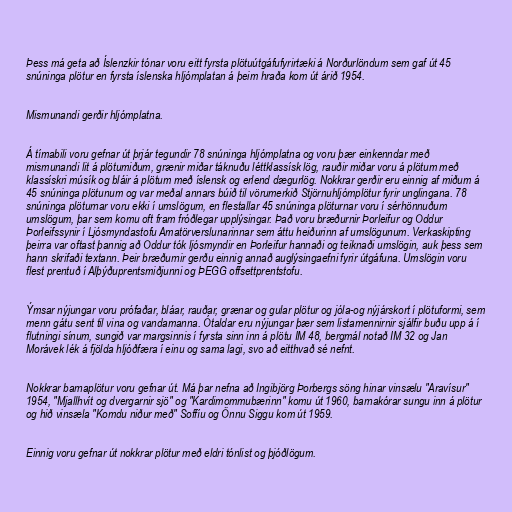
Þess má geta að Íslenzkir tónar voru eitt fyrsta plötuútgáfufyrirtæki á Norðurlöndum sem gaf út 45
snúninga plötur en fyrsta íslenska hljómplatan á þeim hraða kom út árið 1954.

Mismunandi gerðir hljómplatna.

Á tímabili voru gefnar út þrjár tegundir 78 snúninga hljómplatna og voru þær einkenndar með
mismunandi lit á plötumiðum, grænir miðar táknuðu léttklassísk lög, rauðir miðar voru á plötum með
klassískri músík og bláir á plötum með íslensk og erlend dægurlög. Nokkrar gerðir eru einnig af miðum á
45 snúninga plötunum og var meðal annars búið til vörumerkið Stjörnuhljómplötur fyrir unglingana. 78
snúninga plöturnar voru ekki í umslögum, en flestallar 45 snúninga plöturnar voru í sérhönnuðum
umslögum, þar sem komu oft fram fróðlegar upplýsingar. Það voru bræðurnir Þorleifur og Oddur
Þorleifssynir í Ljósmyndastofu Amatörverslunarinnar sem áttu heiðurinn af umslögunum. Verkaskipting
þeirra var oftast þannig að Oddur tók ljósmyndir en Þorleifur hannaði og teiknaði umslögin, auk þess sem
hann skrifaði textann. Þeir bræðurnir gerðu einnig annað auglýsingaefni fyrir útgáfuna. Umslögin voru
flest prentuð í Alþýðuprentsmiðjunni og ÞEGG offsettprentstofu.

Ýmsar nýjungar voru prófaðar, bláar, rauðar, grænar og gular plötur og jóla-og nýjárskort í plötuformi, sem
menn gátu sent til vina og vandamanna. Ótaldar eru nýjungar þær sem listamennirnir sjálfir buðu upp á í
flutningi sínum, sungið var margsinnis í fyrsta sinn inn á plötu IM 48, bergmál notað IM 32 og Jan
Morávek lék á fjölda hljóðfæra í einu og sama lagi, svo að eitthvað sé nefnt.

Nokkrar barnaplötur voru gefnar út. Má þar nefna að Ingibjörg Þorbergs söng hinar vinsælu "Aravísur"
1954, "Mjallhvít og dvergarnir sjö" og "Kardimommubærinn" komu út 1960, barnakórar sungu inn á plötur
og hið vinsæla "Komdu niður með" Soffíu og Önnu Siggu kom út 1959.

Einnig voru gefnar út nokkrar plötur með eldri tónlist og þjóðlögum.